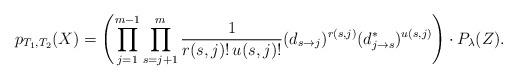
LaTeX: \begin{align*} p_{T_1, T_2 }(X) = \left( \prod_{j=1}^{m-1} \prod_{s=j+1}^m \frac{1}{r(s,j)!\,u(s,j)!} (d_{s \to j})^{r(s,j)} (d_{j \to s}^*)^{u(s,j)}\right) \cdot P_{\lambda}(Z).\end{align*}